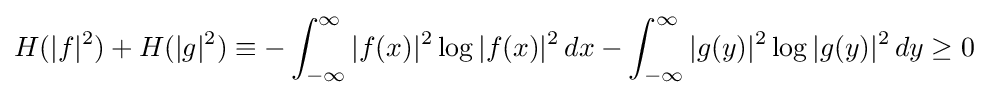
H(|f|^{2})+H(|g|^{2})\equiv -\int _{-\infty }^{\infty }|f(x)|^{2}\log |f(x)|^{2}\,dx-\int _{-\infty }^{\infty }|g(y)|^{2}\log |g(y)|^{2}\,dy\geq 0